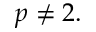
p \neq 2 .